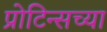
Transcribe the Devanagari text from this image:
प्रोटिन्सच्या